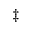
^ { \ddag }